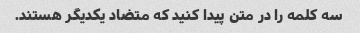
سه کلمه را در متن پیدا کنید که متضاد یکدیگر هستند.